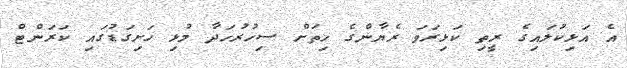
އެ އަޅިކުލައިގެ ރީތި ކަޅިރަވަ ރެޔާންގެ ހިތަށް ސިހުރުހަދާ މުޅި ހަށިގަޑުގައި ކަރަންޓް